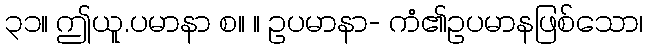
၃၁။ ဤယူ.ပမာနာ စ။ ။ ဥပမာနာ- ကံ၏ဥပမာနဖြစ်သော၊